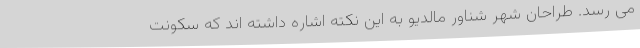
می رسد. طراحان شهر شناور مالدیو به این نکته اشاره داشته اند که سکونت